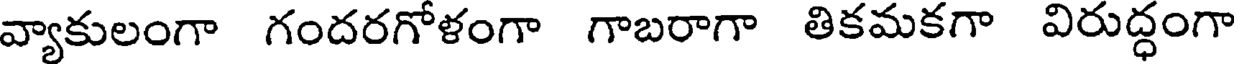
వ్యాకులంగా గందరగోళంగా గాబరాగా తికమకగా విరుద్ధంగా